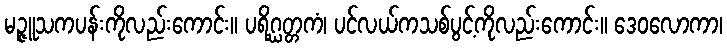
မဉ္ဇူသကပန်းကိုလည်းကောင်း။ ပရိဂ္ဃတ္တကံ၊ ပင်လယ်ကသစ်ပွင့်ကိုလည်းကောင်း။ ဒေဝလောကာ၊